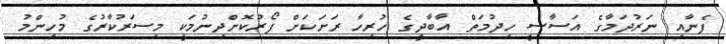
ފެނާއި ނަރުދަމާގެ އަސާސީ ހިދުމަތް އާބާދީގެ ހުރިހާ ރަށަކަށް ފޯރުކޮށްދިނުމަކީ މިސަރުކާރުގެ މުހިންމު